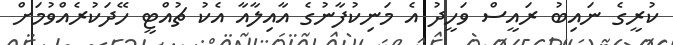
ކުރީގެ ނައިބު ރައީސް ވަހީދު އެ މަނިކުފާނުގެ އާއިލާއާ އެކު ޗުއްޓީ ހޭދަކުރެއްވުމަށް